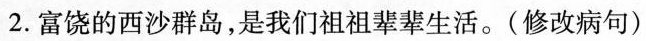
2.富饶的西沙群岛，是我们祖祖辈辈生活。(修改病句)